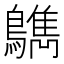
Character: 𪆳